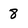
Character: 8